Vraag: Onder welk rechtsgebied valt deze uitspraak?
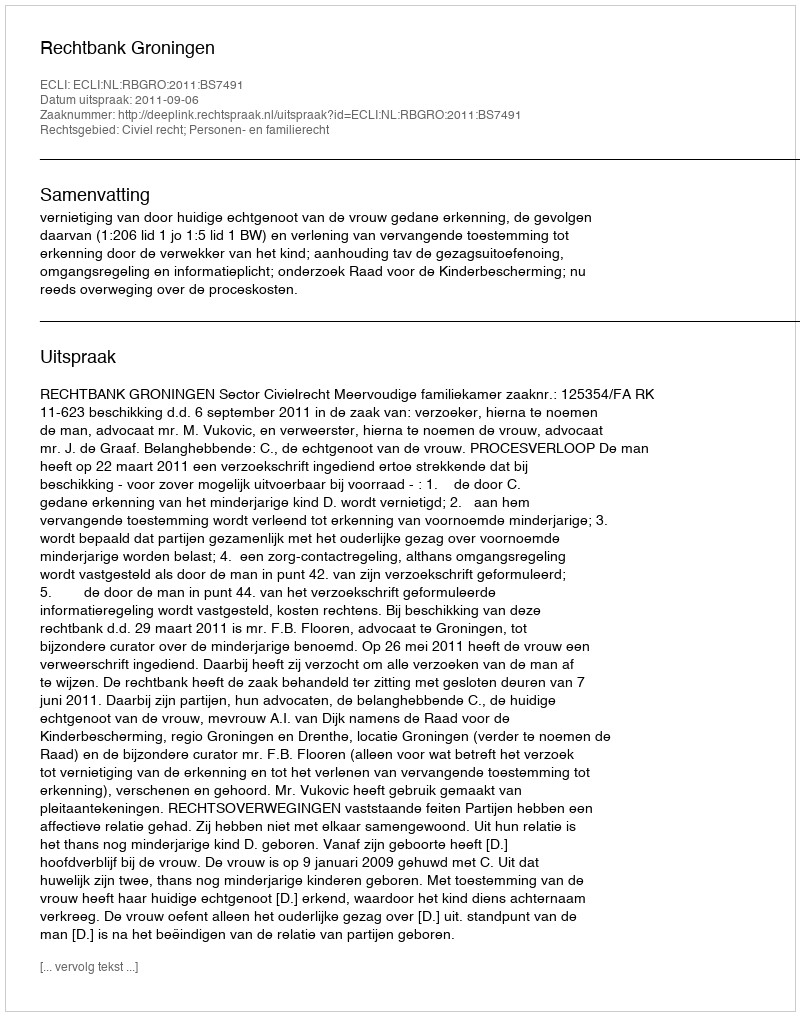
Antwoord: Civiel recht; Personen- en familierecht